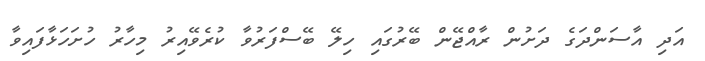
އަދި އާސަންދަގެ ދަށުން ރާއްޖޭން ބޭރުގައި ހިލޭ ބޭސްފަރުވާ ކުރެވޭއިރު މިހާރު ހުށަހަޅާފައިވާ